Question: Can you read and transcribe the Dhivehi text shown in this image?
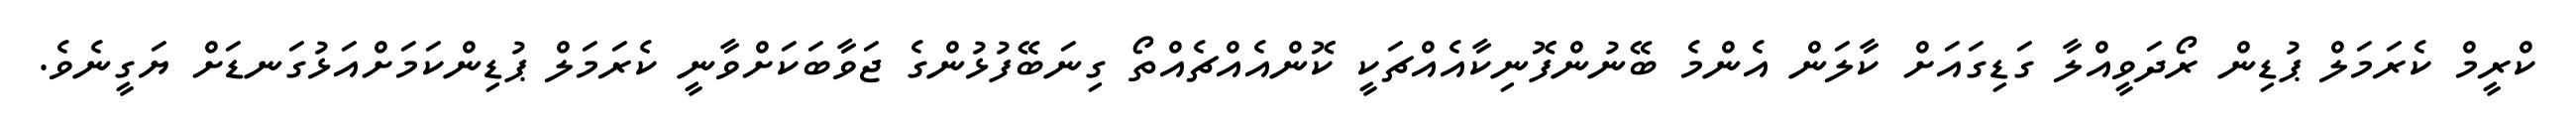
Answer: ކްރީމް ކެރަމަލް ޕުޑިން ރޯދަވީއްލާ ގަޑިގައަށް ކާލަން އެންމެ ބޭނުންފޮނިކާއެއްޗަކީ ކޮންއެއްޗެއްތޯ ގިނަބޭފުޅުންގެ ޖަވާބަކަށްވާނީ ކެރަމަލް ޕުޑިންކަމަށްއަޅުގަނޑަށް ޔަގީނެވެ.